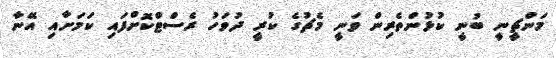
މަންޗީނީ ބުނީ ކުޅުންތެރިން ވަނީ މެޗުގެ ކުރީ ދުވަހު ރެސްޓްކޮށްފައި ކަމަށާއި އޭނާ